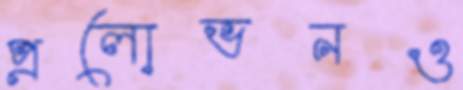
প্রলোভনও